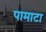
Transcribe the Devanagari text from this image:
पामाटा